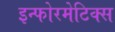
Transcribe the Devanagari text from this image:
इन्फोरमेटिक्स